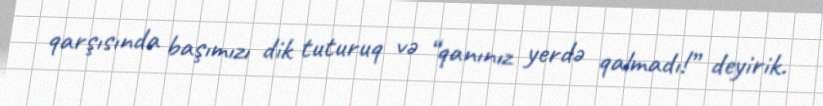
qarşısında başımızı dik tuturuq və “qanınız yerdə qalmadı!” deyirik.